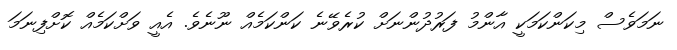
ނަމަވެސް މިކަންކަމަކީ އާންމު ފަރުދުންނަށް ކުރެވޭނެ ކަންކަމެއް ނޫނެވެ. އެއީ ވަށްކަމެއް ކޮށްފިނަމަ